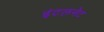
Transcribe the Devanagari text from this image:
इंटलनेट